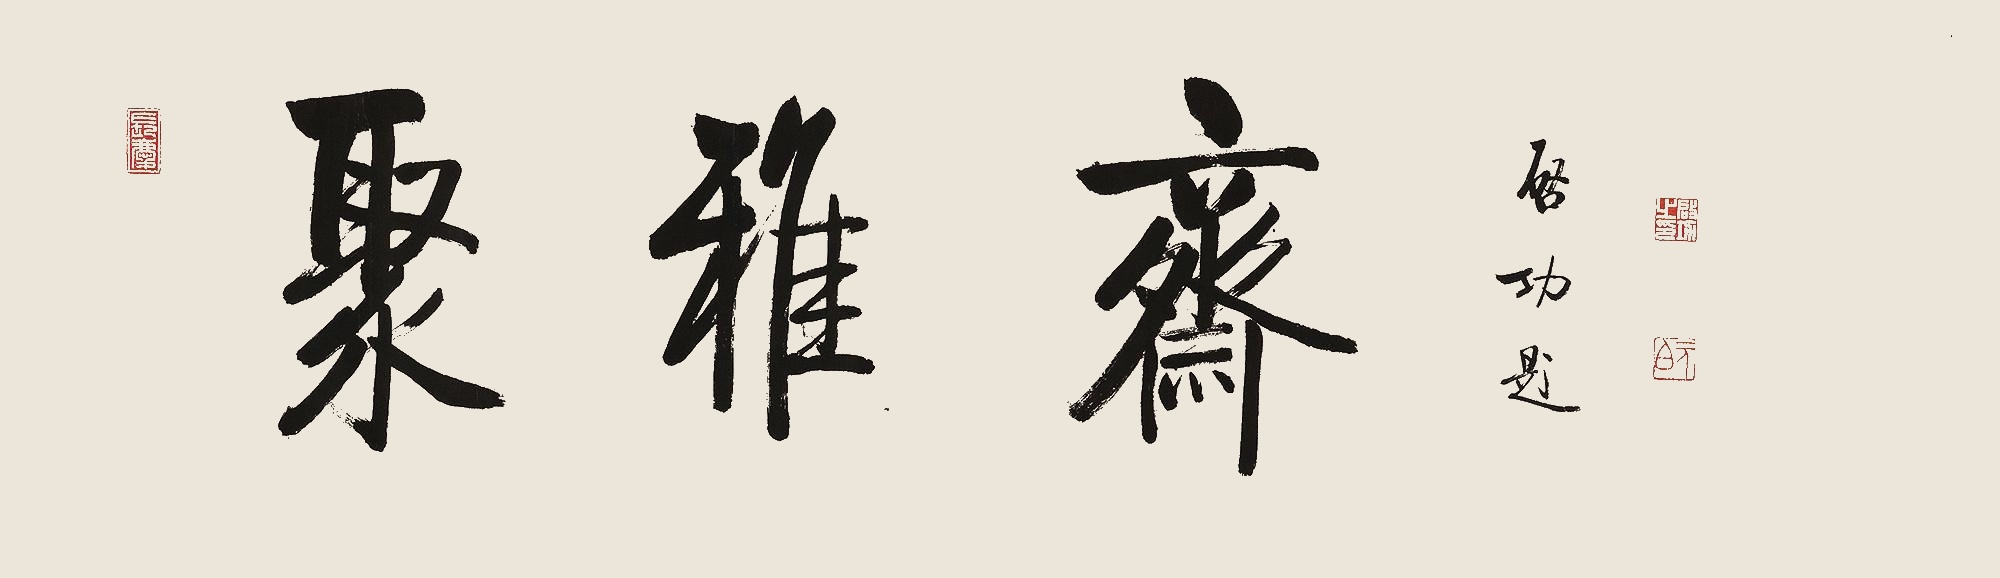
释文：聚雅斋。启功题。